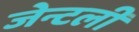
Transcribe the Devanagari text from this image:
जेन्टली